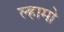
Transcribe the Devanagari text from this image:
ल्हामो